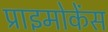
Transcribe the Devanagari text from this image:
प्राइमोकेंस